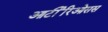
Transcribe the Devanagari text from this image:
आर्टीरिओसस